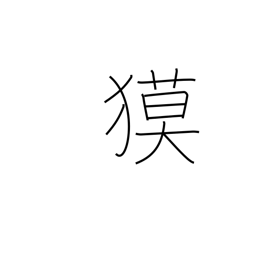
Meaning: tapir